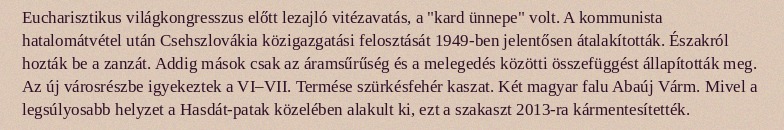
Eucharisztikus világkongresszus előtt lezajló vitézavatás, a "kard ünnepe" volt. A kommunista hatalomátvétel után Csehszlovákia közigazgatási felosztását 1949-ben jelentősen átalakították. Északról hozták be a zanzát. Addig mások csak az áramsűrűség és a melegedés közötti összefüggést állapították meg. Az új városrészbe igyekeztek a VI–VII. Termése szürkésfehér kaszat. Két magyar falu Abaúj Várm. Mivel a legsúlyosabb helyzet a Hasdát-patak közelében alakult ki, ezt a szakaszt 2013-ra kármentesítették.